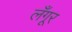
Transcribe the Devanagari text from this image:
लँगूर